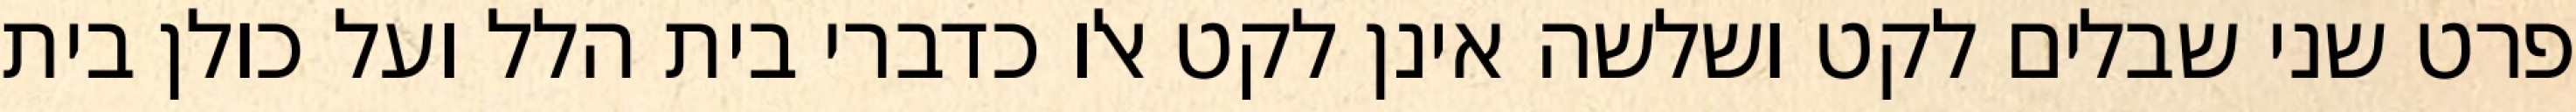
פרט שני שבלים לקט ושלשה אינן לקט אלו כדברי בית הלל ועל כולן בית